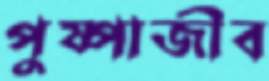
পুষ্পাজীব